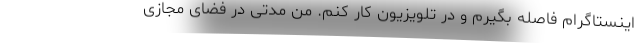
اینستاگرام فاصله بگیرم و در تلویزیون کار کنم. من مدتی در فضای مجازی